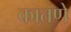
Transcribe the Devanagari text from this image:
कातणे